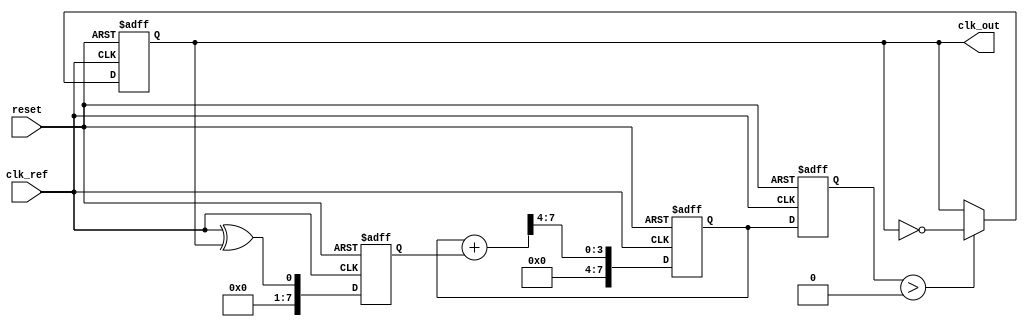
module ADPLL (
    input wire clk_ref,          // Reference clock input
    input wire reset,            // Reset signal
    output reg clk_out           // Output clock signal
);

// Parameters
parameter N = 8;                // DCO frequency control bits
parameter FILTER_ORDER = 4;     // Order of the loop filter

// Internal signals
reg [N-1:0] dco_freq;           // Frequency setting for DCO
reg [N-1:0] phase_detector_out;  // Phase Detector output
reg [N-1:0] loop_filter_out;     // Loop Filter output
reg [N-1:0] phase_accumulator;   // Phase accumulator

// Phase Detector (PD)
always @(posedge clk_ref or posedge reset) begin
    if (reset) begin
        phase_detector_out <= 0;
    end else begin
        // Simple XOR phase detector
        phase_detector_out <= clk_ref ^ clk_out; // Phase difference
    end
end

// Loop Filter (LF)
always @(posedge clk_ref or posedge reset) begin
    if (reset) begin
        loop_filter_out <= 0;
    end else begin
        // Simple low-pass filter
        loop_filter_out <= (loop_filter_out + phase_detector_out) >> FILTER_ORDER; // Averaging
    end
end

// Digital Controlled Oscillator (DCO)
always @(posedge clk_ref or posedge reset) begin
    if (reset) begin
        dco_freq <= 0;
        clk_out <= 0;
    end else begin
        // Update frequency based on loop filter output
        dco_freq <= loop_filter_out;
        // Generate output clock based on DCO frequency
        if (dco_freq > 0) begin
            clk_out <= ~clk_out; // Toggle clock output
        end
    end
end

// Control Logic could be added here for initialization and tuning
// For simplicity, this example does not include complex control logic

endmodule